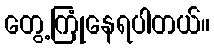
တွေ့ကြုံနေရပါတယ်။